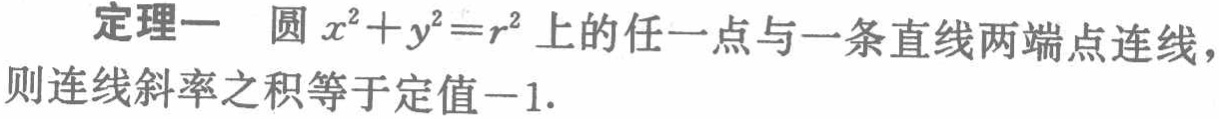
定理一 圆\(x^{2}+y^{2}=r^{2}\)上的任一点与一条直线两端点连线，则连线斜率之积等于定值\(-1\).